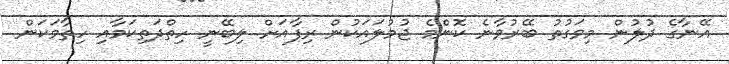
އޭނާގެ ދުލުން މިވަގުތު ބޭރުވާނެ ކޮންމެ ޖުމުލައަކުން ރިފާއަށް ލިބޭނީ ހިތްދަތިކަމާއި ހިތާމަކަން